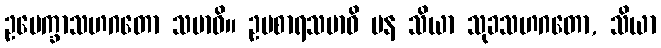
ဥပေက္ခာသဟဂတော သမာဓိ။ ဥပစာရသမာဓိ ပန သိယာ သုခသဟဂတော, သိယာ